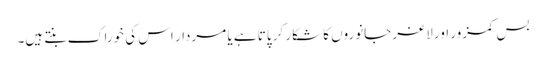
بس کمزور اور لاغر جانوروں کا شکار کر پاتا ہے یا مردار اس کی خوراک بنتے ہیں۔